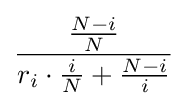
{\frac {\frac {N-i}{N}}{r_{i}\cdot {\frac {i}{N}}+{\frac {N-i}{i}}}}